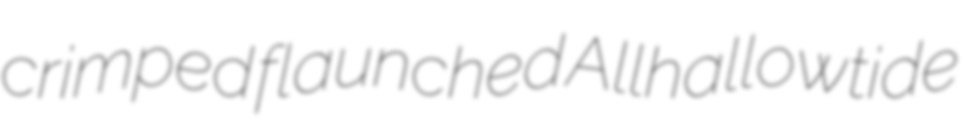
crimped flaunched Allhallowtide